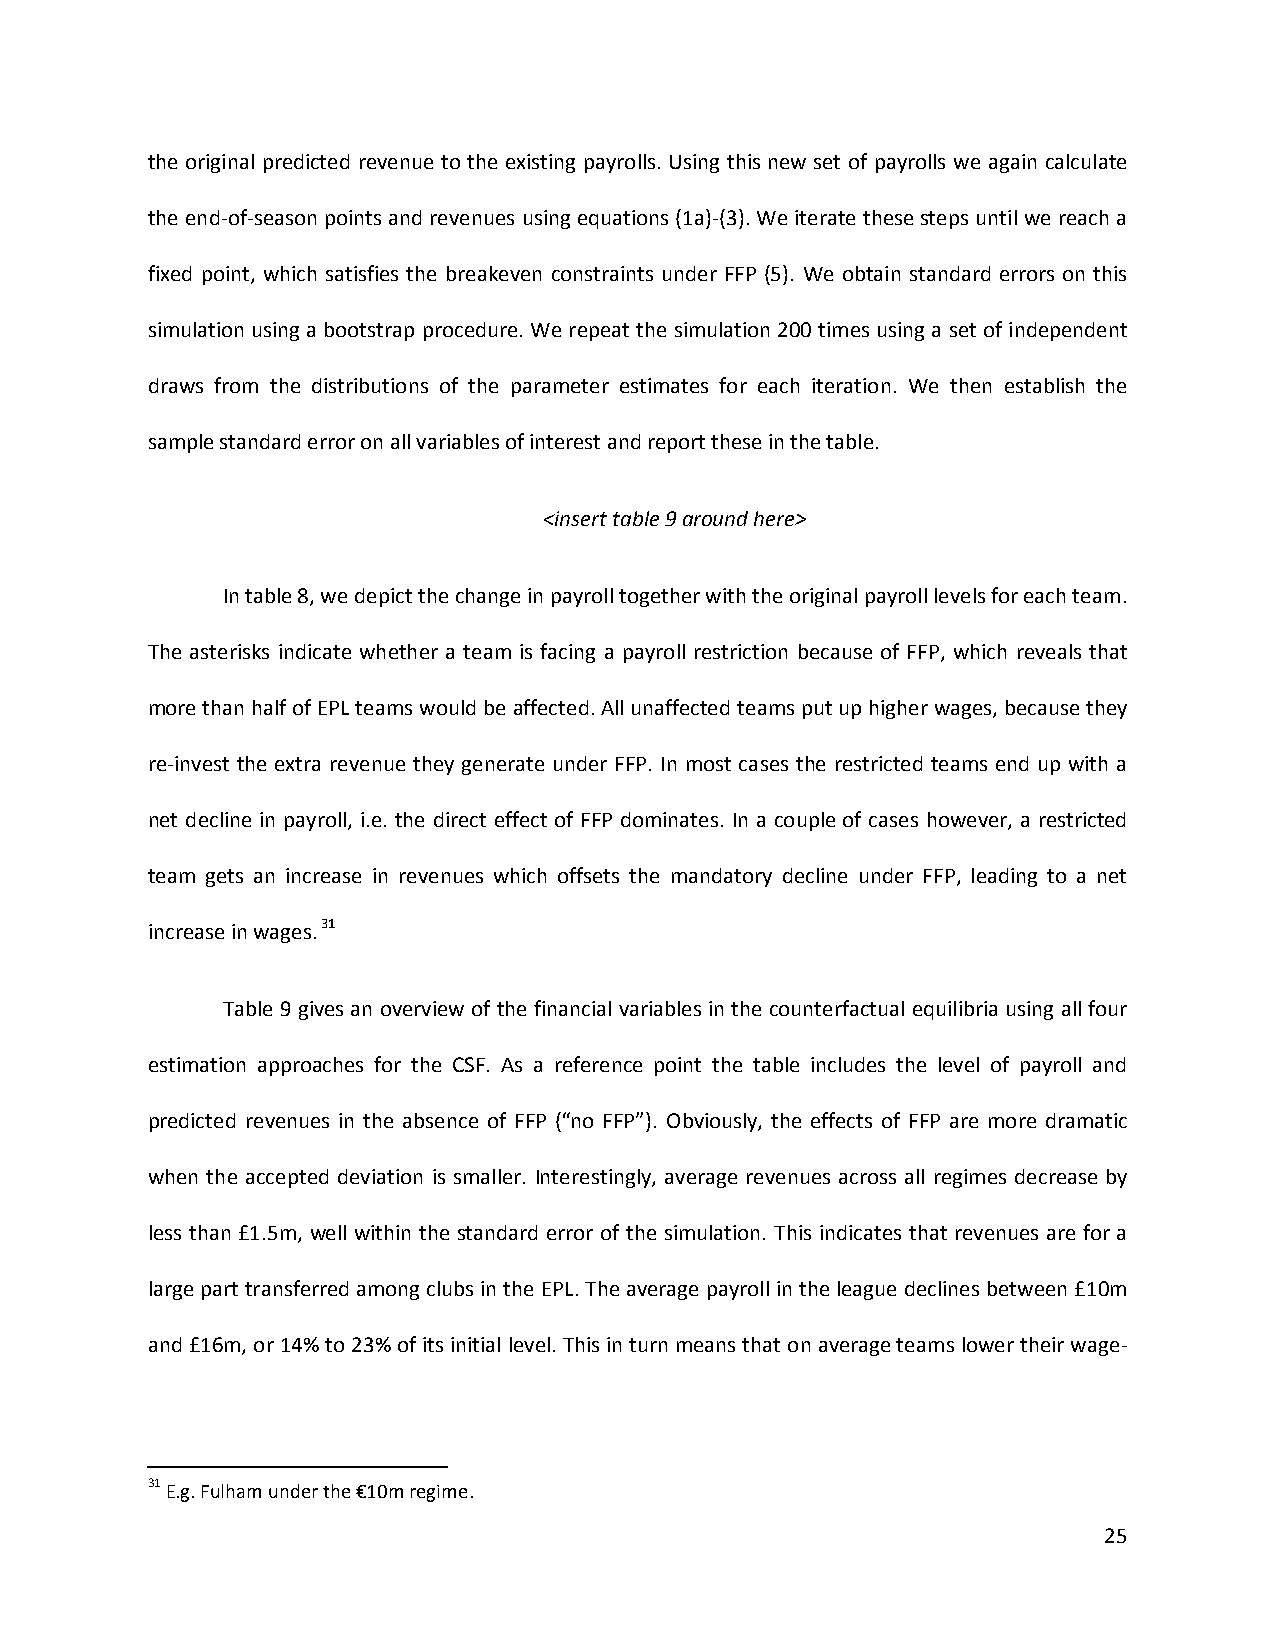
the original predicted revenue to the existing payrolls. Using this new set of payrolls we again calculate
 the end-of-season points and revenues using equations (1a)-(3). We iterate these steps until we reach a
 fixed point, which satisfies the breakeven constraints under FFP (5). We obtain standard errors on this
 simulation using a bootstrap procedure. We repeat the simulation 200 times using a set of independent
 draws from the distributions of the parameter estimates for each iteration. We then establish the
 sample standard error on all variables of interest and report these in the table.
 <insert table 9 around here>
 In table 8, we depict the change in payroll together with the original payroll levels for each team.
 The asterisks indicate whether a team is facing a payroll restriction because of FFP, which reveals that
 more than half of EPL teams would be affected. All unaffected teams put up higher wages, because they
 re-invest the extra revenue they generate under FFP. In most cases the restricted teams end up with a
 net decline in payroll, i.e. the direct effect of FFP dominates. In a couple of cases however, a restricted
 team gets an increase in revenues which offsets the mandatory decline under FFP, leading to a net
 increase in wages. 31
 Table 9 gives an overview of the financial variables in the counterfactual equilibria using all four
 estimation approaches for the CSF. As a reference point the table includes the level of payroll and
 predicted revenues in the absence of FFP (“no FFP”). Obviously, the effects of FFP are more dramatic
 when the accepted deviation is smaller. Interestingly, average revenues across all regimes decrease by
 less than £1.5m, well within the standard error of the simulation. This indicates that revenues are for a
 large part transferred among clubs in the EPL. The average payroll in the league declines between £10m
 and £16m, or 14% to 23% of its initial level. This in turn means that on average teams lower their wage-
 31 E.g. Fulham under the €10m regime.
 25